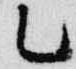
乙